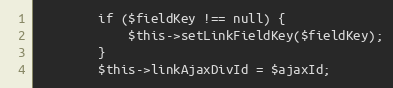
Language: PHP
        if ($fieldKey !== null) {
            $this->setLinkFieldKey($fieldKey);
        }
        $this->linkAjaxDivId = $ajaxId;